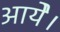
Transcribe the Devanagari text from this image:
आयेे।